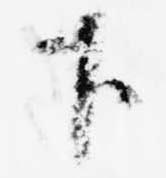
下